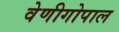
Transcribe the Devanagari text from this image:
वेणीगोपाल